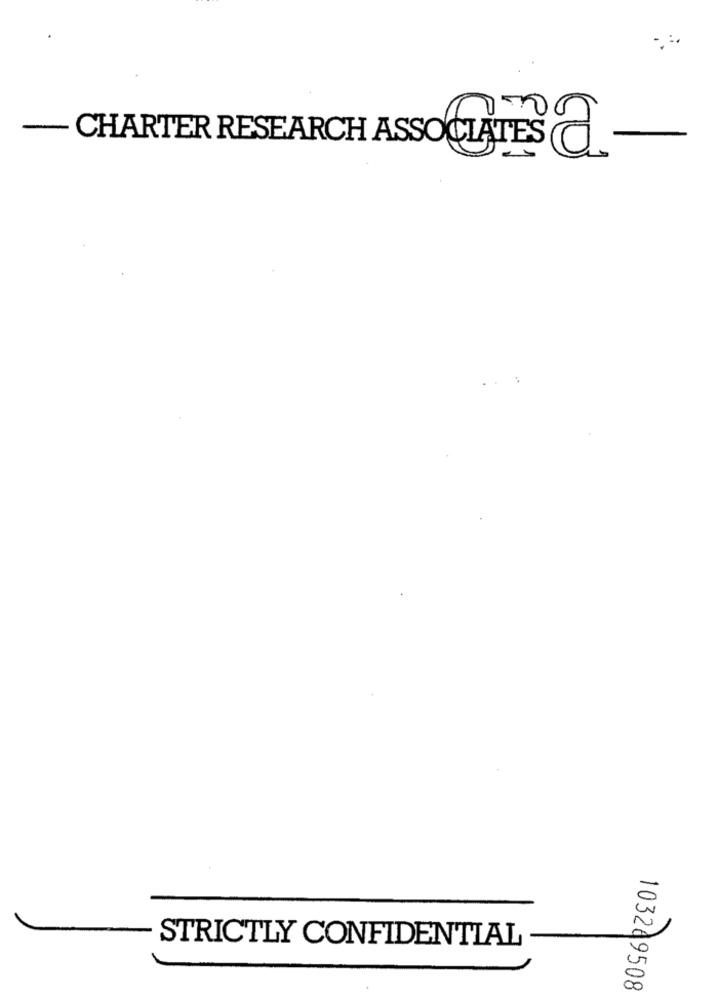
-CHARTER RESEARCH ASSOCIATES -
STRICTLY CONFIDENTIAL
103249508